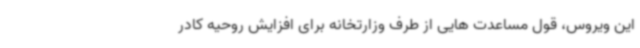
این ویروس، قول مساعدت هایی از طرف وزارتخانه برای افزایش روحیه کادر